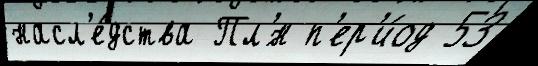
насл'е́дства Пл'́н п'ер'и́од 53